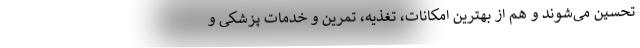
تحسین می‌شوند و هم از بهترین امکانات، تغذیه، تمرین و خدمات پزشکی و